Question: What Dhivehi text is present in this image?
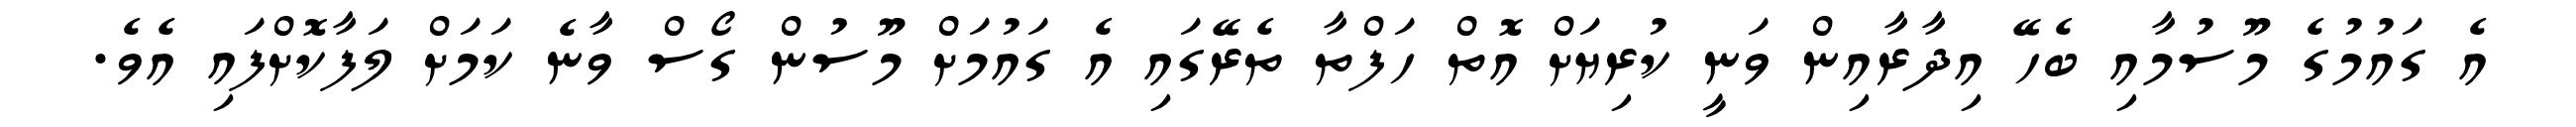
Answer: އެ ގައުމުގެ މޫސުމާއި ބެހޭ އިދާރާއިން ވަނީ ކުރިޔަށް އޮތް ހަފްތާ ތެރޭގައި އެ ގައުމަށް މޫސުން ގޯސް ވާނެ ކަމަށް ލަފާކޮށްފައި އެވެ.